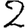
Digit: 2